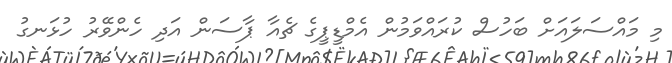
މި މައްސަލައަށް ބަހުސް ކުރައްވަމުން އެމްޑީޕީގެ ޗެއާ ޕާސަން އަދި ހެންވޭރު ހުޅަނގު